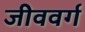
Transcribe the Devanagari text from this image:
जीववर्ग